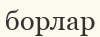
борлар